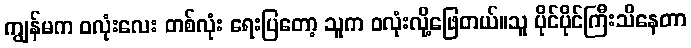
ကျွန်မက ဝလုံးလေး တစ်လုံး ရေးပြတော့ သူက ဝလုံးလို့ဖြေတယ်။သူ ပိုင်ပိုင်ကြီးသိနေတာ